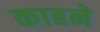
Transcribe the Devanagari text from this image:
काढने